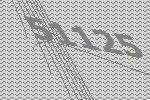
51125